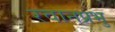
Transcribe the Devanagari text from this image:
रवानप्रभु